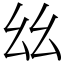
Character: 𢆶